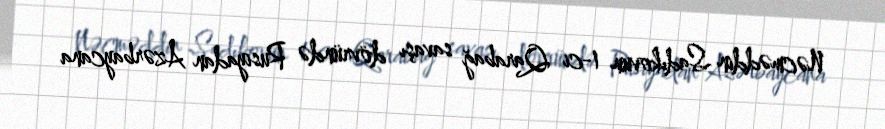
Nəcməddin Sadıkovun 1-ci Qarabağ savaşı dövründə Rusiyadan Azərbaycana